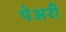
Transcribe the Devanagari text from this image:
पेअरी